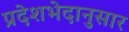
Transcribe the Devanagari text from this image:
प्रदेशभेदानुसार